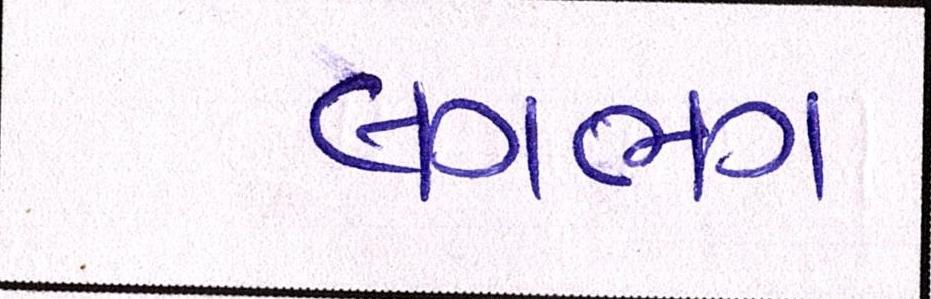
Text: લગભગ